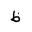
Letter: _za